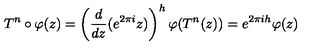
T ^ { n } \circ \varphi ( z ) = \left( \frac { d } { d z } ( e ^ { 2 \pi i } z ) \right) ^ { h } \varphi ( T ^ { n } ( z ) ) = e ^ { 2 \pi i h } \varphi ( z )